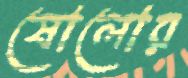
ষোলোর